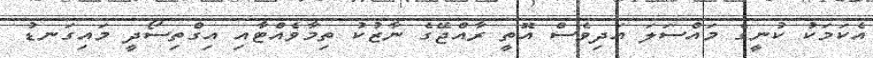
އެކަމަކު ކުނީގެ މައްސަލަ އަދިވެސް އޮތީ ރާއްޖޭގެ ނާޒުކު ތިމާވެއްޓާއި އިގްތިސޯދީ މައިގަނޑު